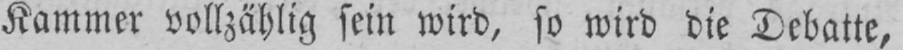
Kammer vollzählig sein wird, so wird die Debatte,